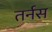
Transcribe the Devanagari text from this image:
तर्नस